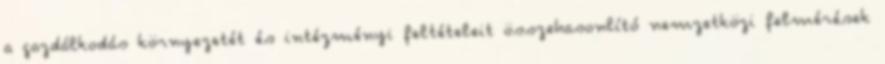
a gazdálkodás környezetét és intézményi feltételeit összehasonlító nemzetközi felmérések